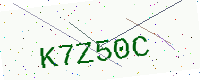
Text: K7Z50C